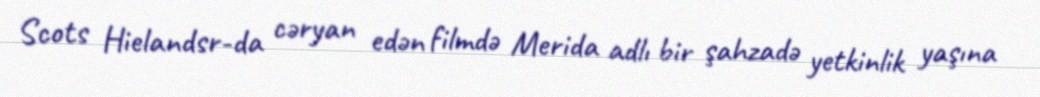
Scots Hielandsr-da cəryan edən filmdə Merida adlı bir şahzadə yetkinlik yaşına